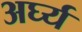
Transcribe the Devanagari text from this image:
अर्घ्य